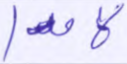
لامدا